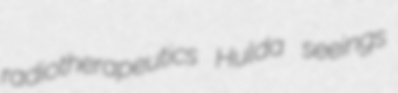
radiotherapeutics Hulda seeings